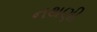
નથણી